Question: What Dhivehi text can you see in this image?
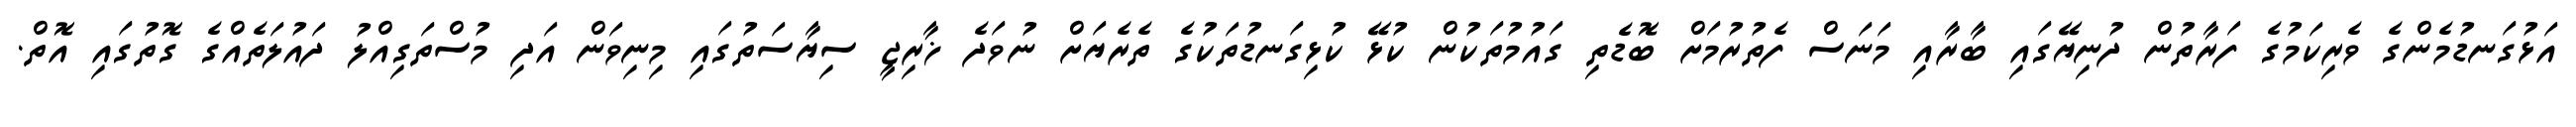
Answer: އަޅުގަނޑުމެންގެ ވެރިކަމުގެ ފަރާތުން ދުނިޔޭގައި ބާރާއި މަނަސް ފެތުރުމަށް ބޮޑެތި ގައުމުތަކުން ކުޅޭ ކުޅިގަނޑުތަކުގެ ތެރެޔަށް ނުވަދެ ޚާރިޖީ ސިޔާސަތުގައި މިނިވަން އަދި މުސްތަގިއްލު ދައުލަތެއްގެ ގޮތުގައި އޮތް.